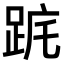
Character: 𨀟